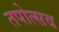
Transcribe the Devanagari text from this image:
तपोत्सव